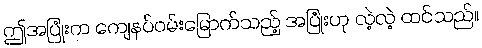
ဤအပြုံးက ကျေနပ်ဝမ်းမြောက်သည့် အပြုံးဟု လဲ့လဲ့ ထင်သည်။